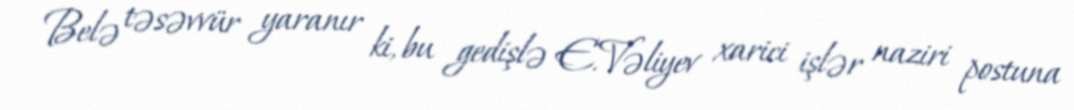
Belə təsəvvür yaranır ki, bu gedişlə E.Vəliyev xarici işlər naziri postuna